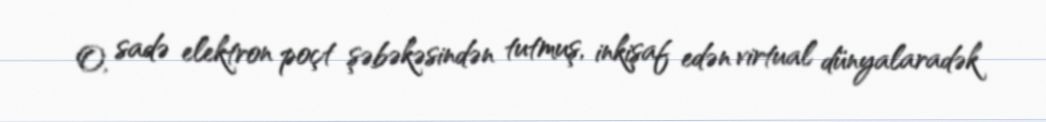
O, sadə elektron poçt şəbəkəsindən tutmuş, inkişaf edən virtual dünyalaradək